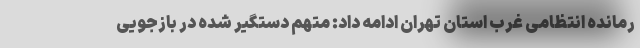
رمانده انتظامی غرب استان تهران ادامه داد: متهم دستگیر شده در بازجویی